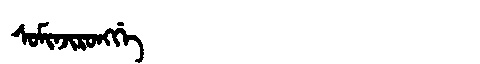
Manchu: ᠰᠣᠮᡳᠨᠵᡳᡵᠣᠩᡤᡝ
Romanization: SOMINJIRONGGE